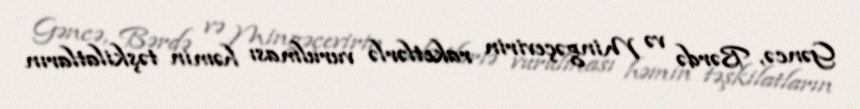
Gəncə, Bərdə və Mingəçevirin raketlərlə vurulması həmin təşkilatların